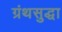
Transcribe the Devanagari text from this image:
ग्रंथसुद्धा